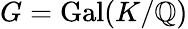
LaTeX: G={\mathrm{Gal}}(K/\mathbb{Q})